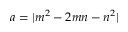
a = | m ^ { 2 } - 2 m n - n ^ { 2 } |